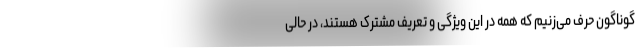
گوناگون حرف می‌زنیم که همه در این ویژگی و تعریف مشترک هستند، در حالی